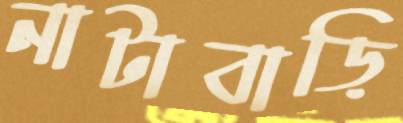
নাটাবাড়ি